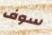
سوف